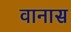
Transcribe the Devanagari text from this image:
वानास